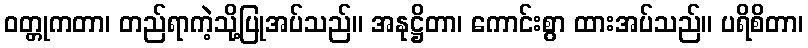
ဝတ္တုကတာ၊ တည်ရာကဲ့သို့ပြုအပ်သည်။ အနုဋ္ဌိတာ၊ ကောင်းစွာ ထားအပ်သည်။ ပရိစိတာ၊